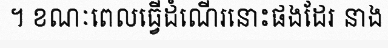
។ ខណៈពេលធ្វើដំណើរនោះផងដែរ នាង